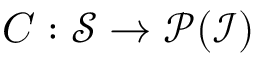
C : \mathcal { S } \to \mathcal { P } ( \mathcal { I } )